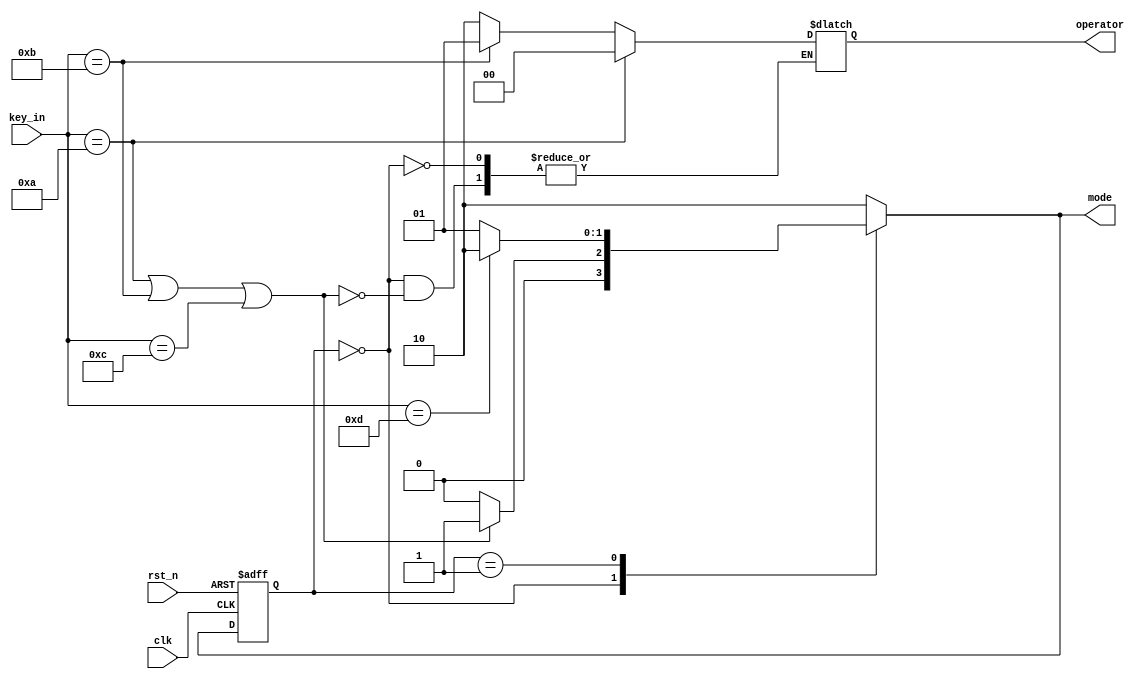
`timescale 1ns / 1ps
//////////////////////////////////////////////////////////////////////////////////
// Company: 
// Engineer: 
// 
// Design Name: 
// Module Name: FSM_mode
// Project Name: 
// Target Devices: 
// Tool Versions: 
// Description: 
// 
// Dependencies: 
// 
// Revision:
// Revision 0.01 - File Created
// Additional Comments:
// 
//////////////////////////////////////////////////////////////////////////////////


`define state_first 2'd0
`define state_second 2'd1
`define state_enter 2'd2

module FSM_mode(
    input [3:0]key_in,
    input clk,
    input rst_n,
    output reg [1:0]mode,
    output reg [1:0]operator
    );

reg [1:0]state;
reg [1:0]next_state;
 
always@*  begin         
    case (state) //judge state
        `state_first:
            if (key_in == 4'd10 || key_in == 4'd11 || key_in == 4'd12)  begin
                next_state <= `state_second;
                mode <= `state_second;
                if (key_in == 4'd10) operator <= 4'd0;
                else if (key_in == 4'd11) operator <= 4'd1;
                else operator <= 4'd2;
            end
            else  begin
                next_state <= `state_first;
                mode <= `state_first;
            end
        `state_second:
            if (key_in == 4'd13)  begin
                next_state <= `state_enter;
                mode <= `state_enter;
            end
            else begin
                next_state <= `state_second;
                mode <= `state_second;
            end
        default begin
                next_state <= `state_enter;
                mode <= `state_enter;
            end
    endcase
end

always@(posedge clk or negedge rst_n)
    if (~rst_n) state <= `state_first;
    else state <= next_state;

endmodule